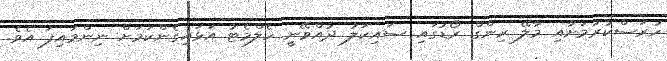
ހުރަސްކުރުމަށާއި މާލޭ ރިންގް ރޯޑުގައި ސައިކަލު ދުއްވޭނީ ހެލްމެޓު އަޅައިގެންކަމަށް ނިންމައިފަ އެވެ.